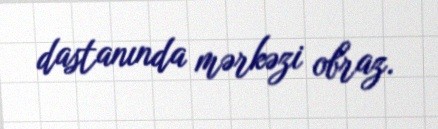
dastanında mərkəzi obraz.